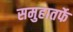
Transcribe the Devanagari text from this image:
समुहातर्फे